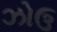
ઝોઉ